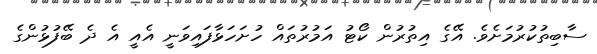
ސާބިތުކުރުމަށެވެ. އޭގެ އިތުރުން ކޯޓު އަމުރުތައް ހުށަހަޅާފައިވަނީ އެއީ އެ ދެ ބޭފުޅުންގެ